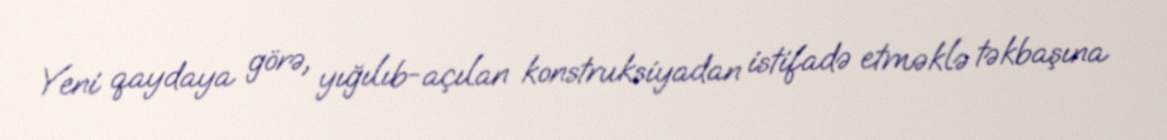
Yeni qaydaya görə, yığılıb-açılan konstruksiyadan istifadə etməklə təkbaşına